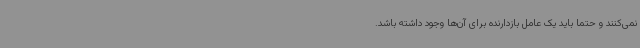
نمی‌کنند و حتماً باید یک عامل بازدارنده برای آن‌ها وجود داشته باشد.